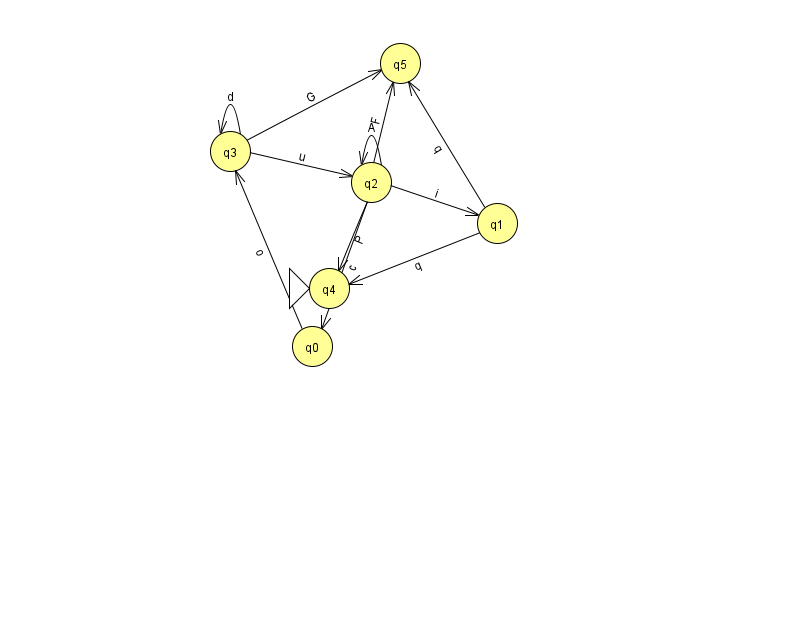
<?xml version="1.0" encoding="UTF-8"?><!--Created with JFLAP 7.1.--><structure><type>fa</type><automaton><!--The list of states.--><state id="0" name="q0"><x>312.0</x><y>333.0</y></state><state id="1" name="q1"><x>497.0</x><y>210.0</y></state><state id="2" name="q2"><x>371.0</x><y>169.0</y></state><state id="3" name="q3"><x>230.0</x><y>138.0</y></state><state id="4" name="q4"><x>329.0</x><y>275.0</y><initial/></state><state id="5" name="q5"><x>400.0</x><y>50.0</y></state><!--The list of transitions.--><transition><from>2</from><to>1</to><read>i</read></transition><transition><from>2</from><to>5</to><read>F</read></transition><transition><from>2</from><to>2</to><read>A</read></transition><transition><from>1</from><to>4</to><read>q</read></transition><transition><from>3</from><to>3</to><read>d</read></transition><transition><from>3</from><to>5</to><read>G</read></transition><transition><from>0</from><to>3</to><read>o</read></transition><transition><from>2</from><to>4</to><read>P</read></transition><transition><from>3</from><to>2</to><read>u</read></transition><transition><from>1</from><to>5</to><read>q</read></transition><transition><from>2</from><to>0</to><read>c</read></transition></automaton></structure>